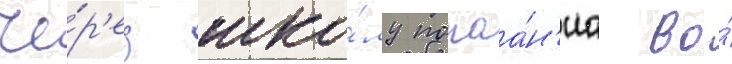
че́р'ез шко́лу покаа́н'иа во́